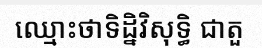
ឈ្មោះថាទិដ្និវិសុទ្ធិ ជាតួ